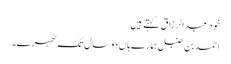
خود عبدالرزاق کہتے ہیں
احمد بن حنبل ہمارے ہاں دو سال تک ٹھہرے۔